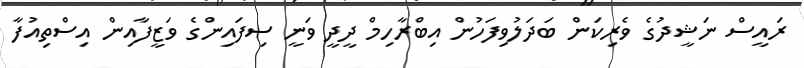
ރައީސް ނަޝީދުގެ ވެރިކަން ބަދަލުވިފަހުން އިބްރާހިމް ދީދީ ވަނީ ސިފައިންގެ ވަޒީފާއިން އިސްތިއުފާ